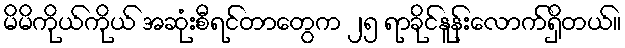
မိမိကိုယ်ကိုယ် အဆုံးစီရင်တာတွေက ၂၅ ရာခိုင်နူန်းလောက်ရှိတယ်။